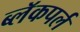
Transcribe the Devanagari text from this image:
ब्लॅकपर्ल